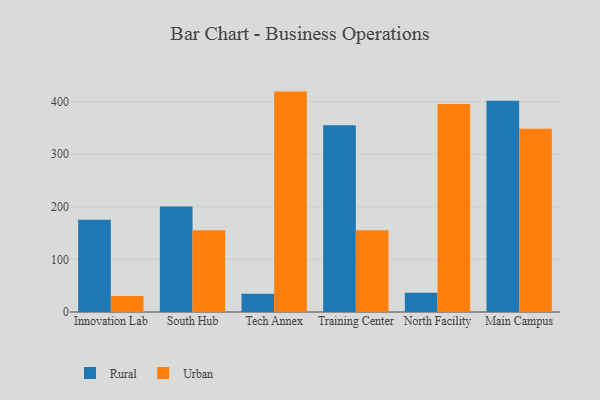
{"axis": {"x": "Campus", "y": "Backlog"}, "legend": ["Rural", "Urban"], "data": [{"x": "Innovation Lab", "y": 175.1, "type": "Rural"}, {"x": "Innovation Lab", "y": 30.2, "type": "Urban"}, {"x": "South Hub", "y": 200.6, "type": "Rural"}, {"x": "South Hub", "y": 155.4, "type": "Urban"}, {"x": "Tech Annex", "y": 34.6, "type": "Rural"}, {"x": "Tech Annex", "y": 418.7, "type": "Urban"}, {"x": "Training Center", "y": 354.8, "type": "Rural"}, {"x": "Training Center", "y": 155.1, "type": "Urban"}, {"x": "North Facility", "y": 36.6, "type": "Rural"}, {"x": "North Facility", "y": 395.0, "type": "Urban"}, {"x": "Main Campus", "y": 401.2, "type": "Rural"}, {"x": "Main Campus", "y": 348.1, "type": "Urban"}]}